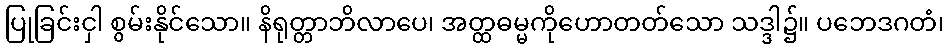
ပြုခြင်းငှါ စွမ်းနိုင်သော။ နိရုတ္တာဘိလာပေ၊ အတ္ထဓမ္မကိုဟောတတ်သော သဒ္ဒါ၌။ ပဘေဒဂတံ၊